Civil Veterinary Department Bihar & Orissa reports 1929-36 - 1929-1936
Year: 1929
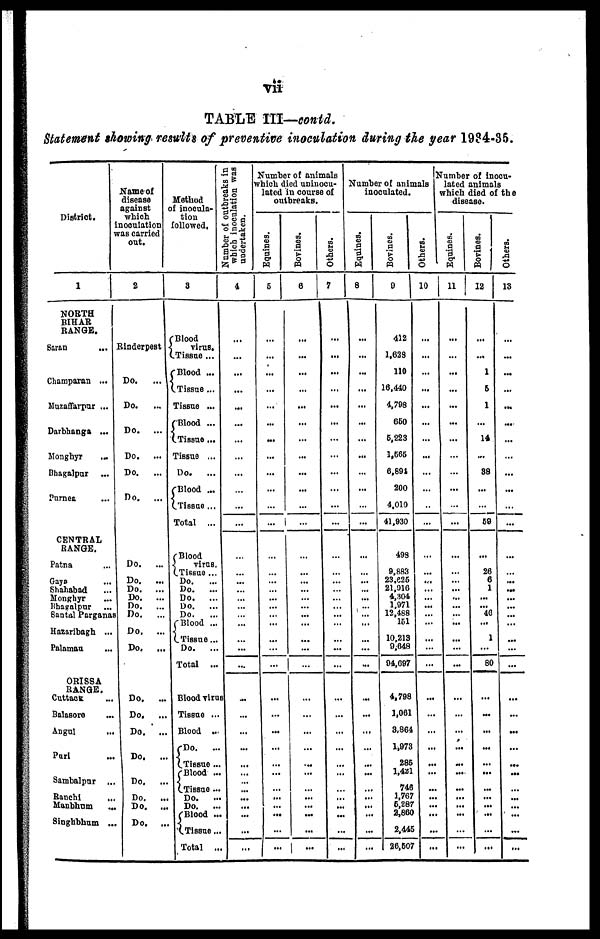
vii
TABLE III—contd.
Statement showing results of preventive inoculation during the year 1934-35.
District.
1
NORTH
BIHAR
RANGE.
Saran ...
Champaran ...
Muzaffarpur ...
Darbhanga ...
Monghyr
...
Bhagalpur ...
Purnea ...
CENTRAL
RANGE.
Patna ...
Gaya ...
Shahabad ...
Monghyr
Bhagalpur ...
Santal Parganas
Hazaribagh ...
Palamau ...
ORISSA
RANGE.
Cuttack ...
Balasore ...
Angul ...
Pari ...
Sambalpur ...
Banchi ...
Manbhum ...
Singhbhum ...
Name of
disease
against
which
inoculation
was carried
out.
2
Rinderpest
Do.
...
Do.
...
Do.
...
Do.
...
Do.
...
Do.
...
Do.
...
Do.
...
Do.
...
Do.
...
Do.
...
Do.
...
Do.
...
Do.
...
Do.
...
Do.
...
Do.
...
Do.
...
Do.
...
Do.
...
Do.
...
Do. ...
Method
of inocula-
tion
followed,
3
Blood
virus.
Tissue ...
Blood ...
Tissue ...
Tissue ...
Blood ...
Tissue...
Tissue ...
Do.
...
Blood ...
Tissue ...
Total ...
Blood
virus.
Tissue ...
Do. ...
Do.
...
Do.
...
Do. ...
Do. ...
Blood ...
Tissue ...
Do.
...
Total ...
Blood virus
Tissue ...
Blood ...
Do. ...
Tissue ...
Blood ...
Tissue ...
Do.
...
Do.
...
Blood ...
Tissue ...
Total ...
Number of outbreaks in
which inoculation was
undertaken.
4
...
...
...
...
...
...
...
...
...
...
...
...
...
... ...
...
... ...
...
...
... ...
...
3...
...
...
...
... ...
...
... ...
...
...
...
Number of animals
which died uninocu-
lated in course of
outbreaks.
Equines.
5
...
...
...
...
...
...
...
...
...
...
...
...
...
...
...
...
...
...
...
...
...
...
...
...
...
...
...
...
...
...
...
...
...
...
...
Bovines.
6
...
...
...
...
...
...
...
...
...
...
...
...
...
...
... ...
... ...
...
...
...
...
...
...
...
...
...
...
...
...
...
...
...
...
Others.
7
...
...
...
...
...
...
...
...
...
...
...
...
...
...
...
...
...
...
...
...
...
...
...
...
...
...
...
...
...
...
...
...
...
...
...
Number of animals
inoculated.
Equines.
8
...
...
...
...
...
...
...
...
...
...
...
...
...
...
...
...
...
...
...
...
...
...
...
...
...
...
...
...
...
...
...
...
...
...
...
Bovines.
0
412
1,623
110
16,440
4,798
660
6,223
1,665
6,891
200
4.010
41,930
499
9,883
23,626
21,916
4,304
1,971
12,488
151
10,213
9,648
94,697
4,798
1,061
3,864
1,973
285
1,421
746
1,767
6,287
2,860
2,445
26,607
Others.
10
...
...
...
...
...
...
...
...
...
...
...
...
...
... ...
...
...
...
...
...
...
...
...
...
...
...
...
...
...
...
...
...
...
...
Number of inocu-
lated animals
which died of the
disease.
Equines.
11
...
...
...
...
...
...
...
...
...
...
...
...
...
...
...
... ...
...
...
...
...
...
...
...
...
...
...
...
...
...
...
...
...
...
...
Bovines.
12
...
...
1
6
1
...
14
...
38
...
...
69
...
26
6
1
...
... 46
...
1
...
80
...
...
...
...
...
...
...
...
...
...
...
...
Others.
13
...
...
...
...
...
...
...
...
...
...
...
...
...
... ...
...
...
...
...
...
...
...
...
...
...
...
...
...
...
...
...
...
...
...
...